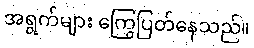
အရွက်များ ကြွေပြတ်နေသည်။